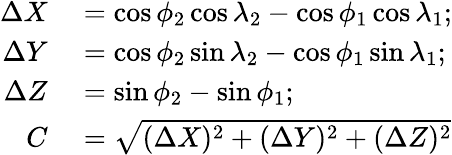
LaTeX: \begin{array}{rl}{\Delta{X}}&{{}=\cos\phi_{2}\cos\lambda_{2}-\cos\phi_{1}\cos\lambda_{1};}\\ {\Delta{Y}}&{{}=\cos\phi_{2}\sin\lambda_{2}-\cos\phi_{1}\sin\lambda_{1};}\\ {\Delta{Z}}&{{}=\sin\phi_{2}-\sin\phi_{1};}\\ {C}&{{}={\sqrt{(\Delta{X})^{2}+(\Delta{Y})^{2}+(\Delta{Z})^{2}}}}\end{array}